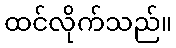
ထင်လိုက်သည်။